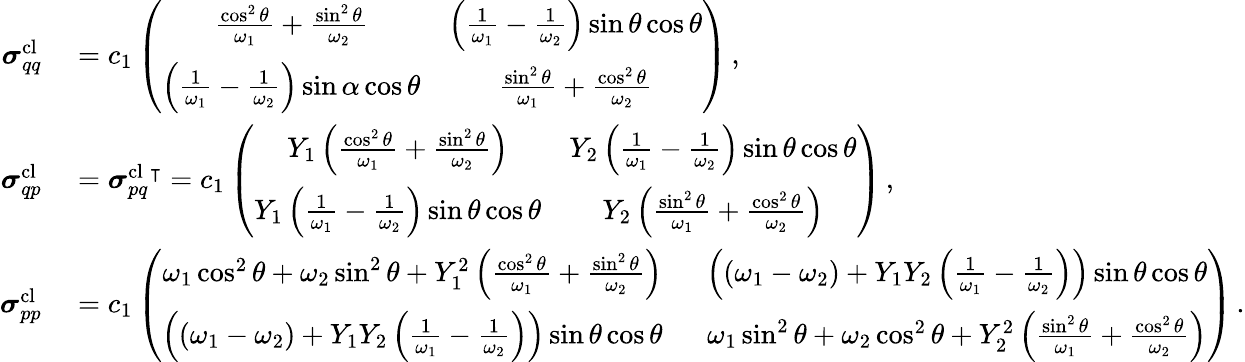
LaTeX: \begin{array}{rl}{\boldsymbol{\sigma}_{qq}^{\mathrm{cl}}}&{{}=c_{1}\left(\begin{array}{cc}{\frac{\cos^{2}\theta}{\omega_{1}}+\frac{\sin^{2}\theta}{\omega_{2}}}&{\left(\frac{1}{\omega_{1}}-\frac{1}{\omega_{2}}\right)\sin\theta\cos\theta}\\ {\left(\frac{1}{\omega_{1}}-\frac{1}{\omega_{2}}\right)\sin\alpha\cos\theta}&{\frac{\sin^{2}\theta}{\omega_{1}}+\frac{\cos^{2}\theta}{\omega_{2}}}\end{array}\right)\, ,}\\ {\boldsymbol{\sigma}_{qp}^{\mathrm{cl}}}&{{}=\boldsymbol{\sigma}_{pq}^{\mathrm{cl}}{}^{\intercal}=c_{1}\left(\begin{array}{cc}{Y_{1}\left(\frac{\cos^{2}\theta}{\omega_{1}}+\frac{\sin^{2}\theta}{\omega_{2}}\right)}&{Y_{2}\left(\frac{1}{\omega_{1}}-\frac{1}{\omega_{2}}\right)\sin\theta\cos\theta}\\ {Y_{1}\left(\frac{1}{\omega_{1}}-\frac{1}{\omega_{2}}\right)\sin\theta\cos\theta}&{Y_{2}\left(\frac{\sin^{2}\theta}{\omega_{1}}+\frac{\cos^{2}\theta}{\omega_{2}}\right)}\end{array}\right)\, ,}\\ {\boldsymbol{\sigma}_{pp}^{\mathrm{cl}}}&{{}=c_{1}\left(\begin{array}{cc}{\omega_{1}\cos^{2}\theta+\omega_{2}\sin^{2}\theta+Y_{1}^{2}\left(\frac{\cos^{2}\theta}{\omega_{1}}+\frac{\sin^{2}\theta}{\omega_{2}}\right)\; \; }&{\left(\left(\omega_{1}-\omega_{2}\right)+Y_{1}Y_{2}\left(\frac{1}{\omega_{1}}-\frac{1}{\omega_{2}}\right)\right)\sin\theta\cos\theta}\\ {\left(\left(\omega_{1}-\omega_{2}\right)+Y_{1}Y_{2}\left(\frac{1}{\omega_{1}}-\frac{1}{\omega_{2}}\right)\right)\sin\theta\cos\theta\; \; }&{\omega_{1}\sin^{2}\theta+\omega_{2}\cos^{2}\theta+Y_{2}^{2}\left(\frac{\sin^{2}\theta}{\omega_{1}}+\frac{\cos^{2}\theta}{\omega_{2}}\right)}\end{array}\right)\, .}\end{array}